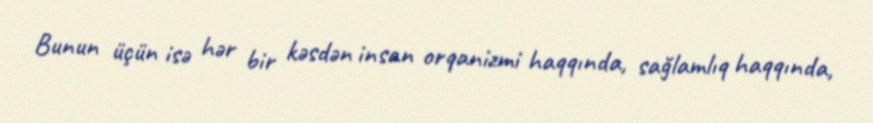
Bunun üçün isə hər bir kəsdən insan orqanizmi haqqında, sağlamlıq haqqında,